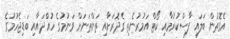
އެގޮތުން ބަލައި ފާސްކުރުމާއި ކޯޓް އަމުރުނެތި ގެދޮރަށާއި ތަންތަނަށް ވަނުމުގެ ހުއްދައާއި ބަޑިޖެހުމުގެ